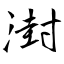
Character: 湗